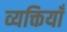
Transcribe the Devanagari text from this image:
व्यक्तियाँ